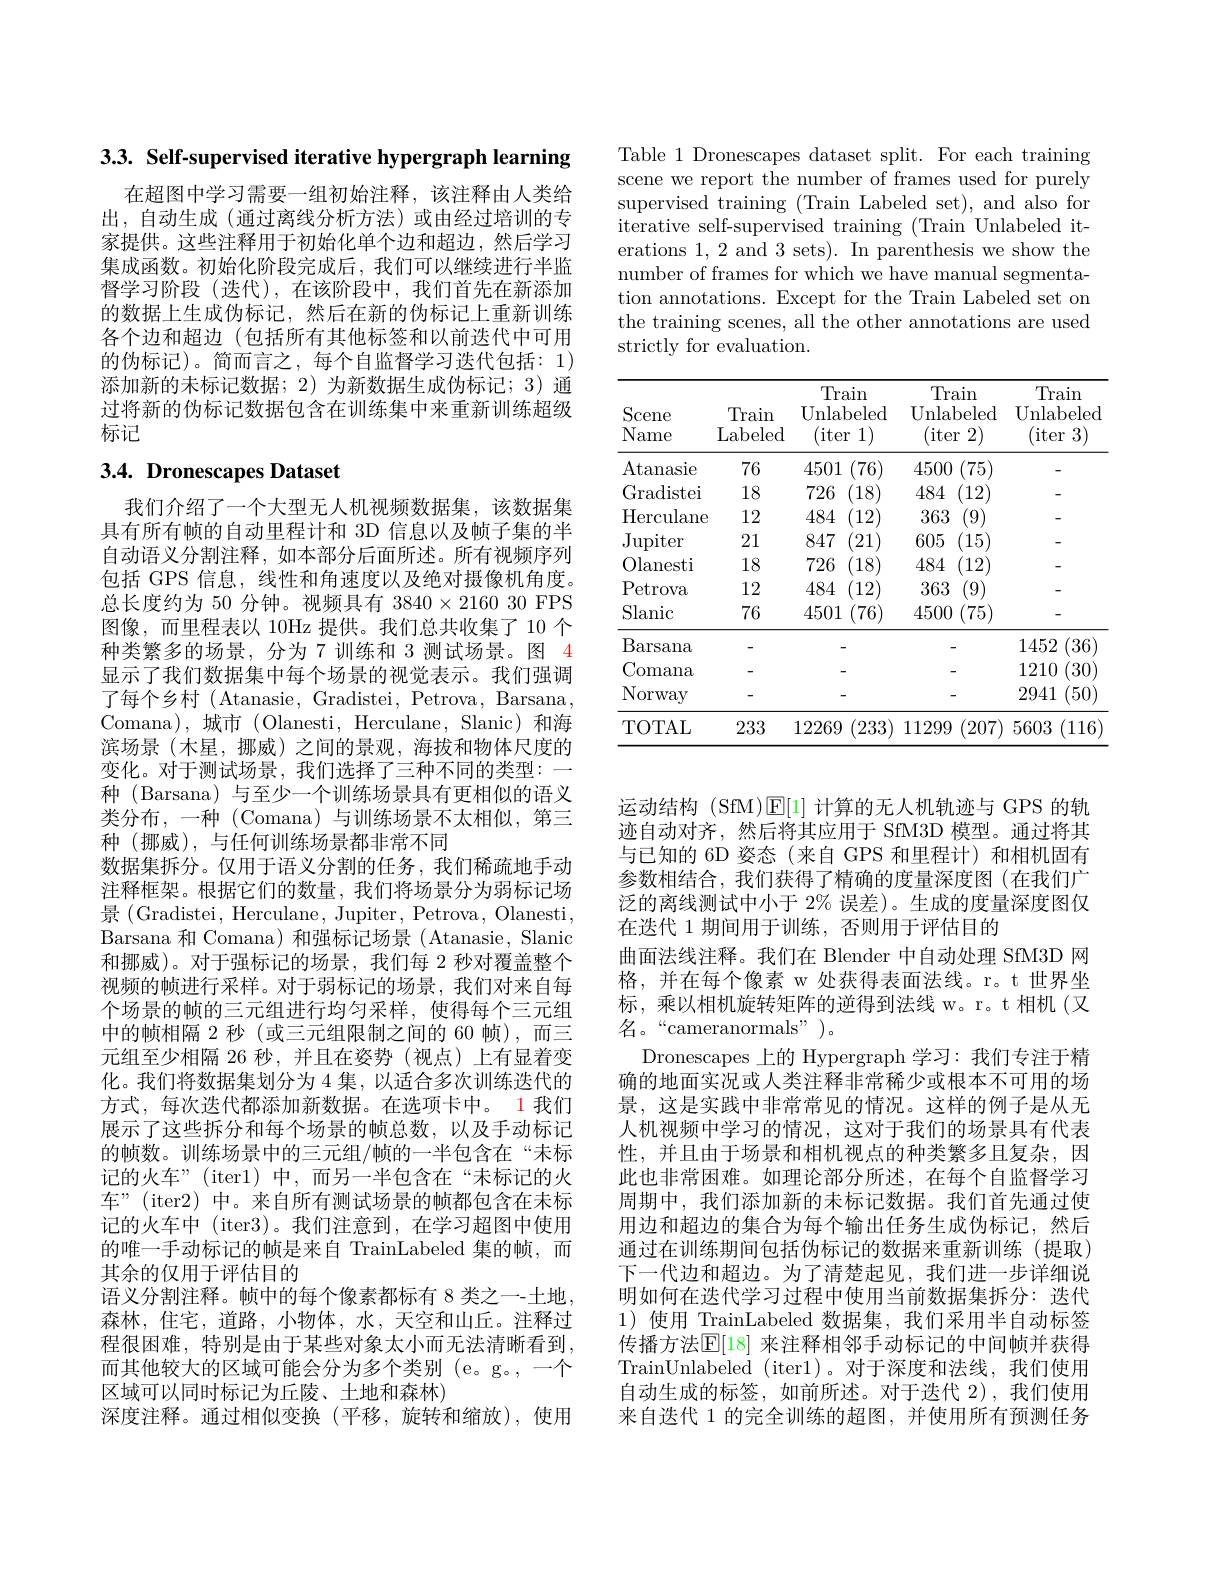
3.3. Self-supervised iterative hypergraph learning

在超图中学习需要一组初始注释，该注释由人类给出，自动生成(通过离线分析方法)或由经过培训的专家提供。这些注释用于初始化单个边和超边，然后学习集成函数。初始化阶段完成后，我们可以继续进行半监督学习阶段(迭代),在该阶段中，我们首先在新添加的数据上生成伪标记，然后在新的伪标记上重新训练各个边和超边(包括所有其他标签和以前迭代中可用的伪标记)。简而言之，每个自监督学习迭代包括：1) 添加新的未标记数据；2)为新数据生成伪标记；3)通过将新的伪标记数据包含在训练集中来重新训练超级标记

# 3.4. Dronescapes Dataset

我们介绍了一个大型无人机视频数据集，该数据集具有所有帧的自动里程计和 3D 信息以及帧子集的半自动语义分割注释，如本部分后面所述。所有视频序列包括 GPS 信息，线性和角速度以及绝对摄像机角度。总长度约为 50 分钟。视频具有$3840\times216030$ FPS 图像，而里程表以 10Hz 提供。我们总共收集了 10 个种类繁多的场景，分为 7 训练和 3 测试场景。图 4显示了我们数据集中每个场景的视觉表示。我们强调了每个乡村(Atanasie,Gradistei,Petrova,Barsana, Comana),城市(Olanesti,Herculane,Slanic)和海滨场景(木星，挪威)之间的景观，海拔和物体尺度的变化。对于测试场景，我们选择了三种不同的类型：一种 (Barsana)与至少一个训练场景具有更相似的语义类分布，一种 (Comana)与训练场景不太相似，第三种(挪威),与任何训练场景都非常不同
数据集拆分。仅用于语义分割的任务，我们稀疏地手动注释框架。根据它们的数量，我们将场景分为弱标记场景(Gradistei, Herculane, Jupiter, Petrova, Olanesti, Barsana 和 Comana) 和强标记场景(Atanasie, Slanic 和挪威)。对于强标记的场景，我们每 2 秒对覆盖整个视频的帧进行采样。对于弱标记的场景，我们对来自每个场景的帧的三元组进行均匀采样，使得每个三元组中的帧相隔 2 秒 (或三元组限制之间的 60 帧),而三元组至少相隔 26 秒，并且在姿势(视点)上有显着变化。我们将数据集划分为 4 集，以适合多次训练迭代的方式，每次迭代都添加新数据。在选项卡中。1 我们展示了这些拆分和每个场景的帧总数，以及手动标记的帧数。训练场景中的三元组/帧的一半包含在“未标记的火车”(iter1)中，而另一半包含在“未标记的火车”(iter2) 中。来自所有测试场景的帧都包含在未标记的火车中 (iter3)。我们注意到，在学习超图中使用的唯一手动标记的帧是来自 TrainLabeled 集的帧，而其余的仅用于评估目的
语义分割注释。帧中的每个像素都标有 8 类之一-土地， 森林，住宅，道路，小物体，水，天空和山丘。注释过程很困难，特别是由于某些对象太小而无法清晰看到， 而其他较大的区域可能会分为多个类别(e。g。,一个区域可以同时标记为丘陵、土地和森林)
深度注释。通过相似变换(平移，旋转和缩放),使用

Table 1 Dronescapes dataset split. For each training scene we report the number of frames used for purely supervised training (Train Labeled set), and also for iterative self-supervised training (Train Unlabeled iterations 1, 2 and 3 sets). In parenthesis we show the number of frames for which we have manual segmentation annotations. Except for the Train Labeled set on the training scenes, all the other annotations are used strictly for evaluation.

<table>
	<tbody>
		<tr>
			<th>Scene Name</th>
			<th>Train Labeled</th>
			<th>Train Unlabeled (iter 1)</th>
			<th>Train Unlabeled (iter 2)</th>
			<th>Train Unlabeled (iter 3)</th>
		</tr>
		<tr>
			<td>Atanasie</td>
			<td>76</td>
			<td>4501 (76)</td>
			<td>4500 (75)</td>
			<td> </td>
		</tr>
		<tr>
			<td>Gradistei</td>
			<td>18</td>
			<td>726 (18)</td>
			<td>484 (12)</td>
			<td> </td>
		</tr>
		<tr>
			<td>Herculane</td>
			<td>12</td>
			<td>484 (12)</td>
			<td>363 9</td>
			<td> </td>
		</tr>
		<tr>
			<td>$\operatorname{Jupiter}$</td>
			<td>21</td>
			<td>847 (21)</td>
			<td>605 (15)</td>
			<td> </td>
		</tr>
		<tr>
			<td>Olanesti</td>
			<td>18</td>
			<td>726 (18)</td>
			<td>484 (12)</td>
			<td> </td>
		</tr>
		<tr>
			<td>Petrova</td>
			<td>12</td>
			<td>484 (12)</td>
			<td>363</td>
			<td> </td>
		</tr>
		<tr>
			<td>Slanic</td>
			<td>76</td>
			<td>(76) 4501</td>
			<td>(75) 4500</td>
			<td> </td>
		</tr>
		<tr>
			<td>Barsana</td>
			<td>-</td>
			<td> </td>
			<td> </td>
			<td>36) 1452</td>
		</tr>
		<tr>
			<td>Comana</td>
			<td> </td>
			<td> </td>
			<td> </td>
			<td>30) 1210</td>
		</tr>
		<tr>
			<td>Norway</td>
			<td>-</td>
			<td> </td>
			<td> </td>
			<td>(50) 2941</td>
		</tr>
		<tr>
			<td>TOTAL</td>
			<td>233</td>
			<td>$^{'}233)$ 12269</td>
			<td>$^{'}207)$ 11299</td>
			<td>5603 $(116^{\circ}$</td>
		</tr>
	</tbody>
</table>

运动结构 (SfM)$\operatorname{E}[1]$计算的无人机轨迹与 GPS 的轨迹自动对齐，然后将其应用于 SfM3D 模型。通过将其与已知的 6D 姿态(来自 GPS 和里程计)和相机固有参数相结合，我们获得了精确的度量深度图(在我们广泛的离线测试中小于 2% 误差)。生成的度量深度图仅在迭代 1 期间用于训练，否则用于评估目的
曲面法线注释。我们在 Blender 中自动处理 SfM3D 网格，并在每个像素 w 处获得表面法线。r。t 世界坐标，乘以相机旋转矩阵的逆得到法线 w。r。t 相机(又名。“cameranormals”)。
Dronescapes 上的 Hypergraph 学习：我们专注于精确的地面实况或人类注释非常稀少或根本不可用的场景，这是实践中非常常见的情况。这样的例子是从无人机视频中学习的情况，这对于我们的场景具有代表性，并且由于场景和相机视点的种类繁多且复杂，因此也非常困难。如理论部分所述，在每个自监督学习周期中，我们添加新的未标记数据。我们首先通过使用边和超边的集合为每个输出任务生成伪标记，然后通过在训练期间包括伪标记的数据来重新训练(提取) 下一代边和超边。为了清楚起见，我们进一步详细说明如何在迭代学习过程中使用当前数据集拆分：选代1)使用 TrainLabeled 数据集，我们采用半自动标签传播方法$\mathbb{E}[18]$ 来注释相邻手动标记的中间帧并获得TrainUnlabeled (iter1)。对于深度和法线，我们使用自动生成的标签，如前所述。对于迭代 2),我们使用来自迭代 1 的完全训练的超图，并使用所有预测任务